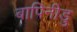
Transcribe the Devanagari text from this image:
बापिनीडु